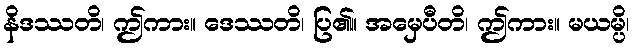
နိဒဿတိ၊ ဤကား။ ဒေဿတိ၊ ပြ၏။ အမှေပီတိ၊ ဤကား။ မယမ္ပိ၊